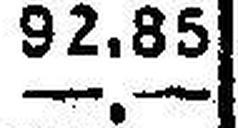
—.—